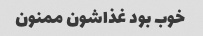
خوب بود غذاشون ممنون